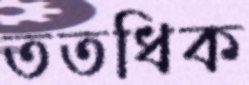
ততধিক